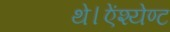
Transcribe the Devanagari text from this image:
थे।ऐंश्येण्ट